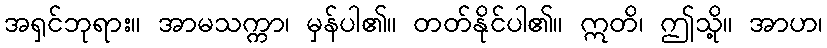
အရှင်ဘုရား။ အာမသက္ကာ၊ မှန်ပါ၏။ တတ်နိုင်ပါ၏။ ဣတိ၊ ဤသို့။ အာဟ၊